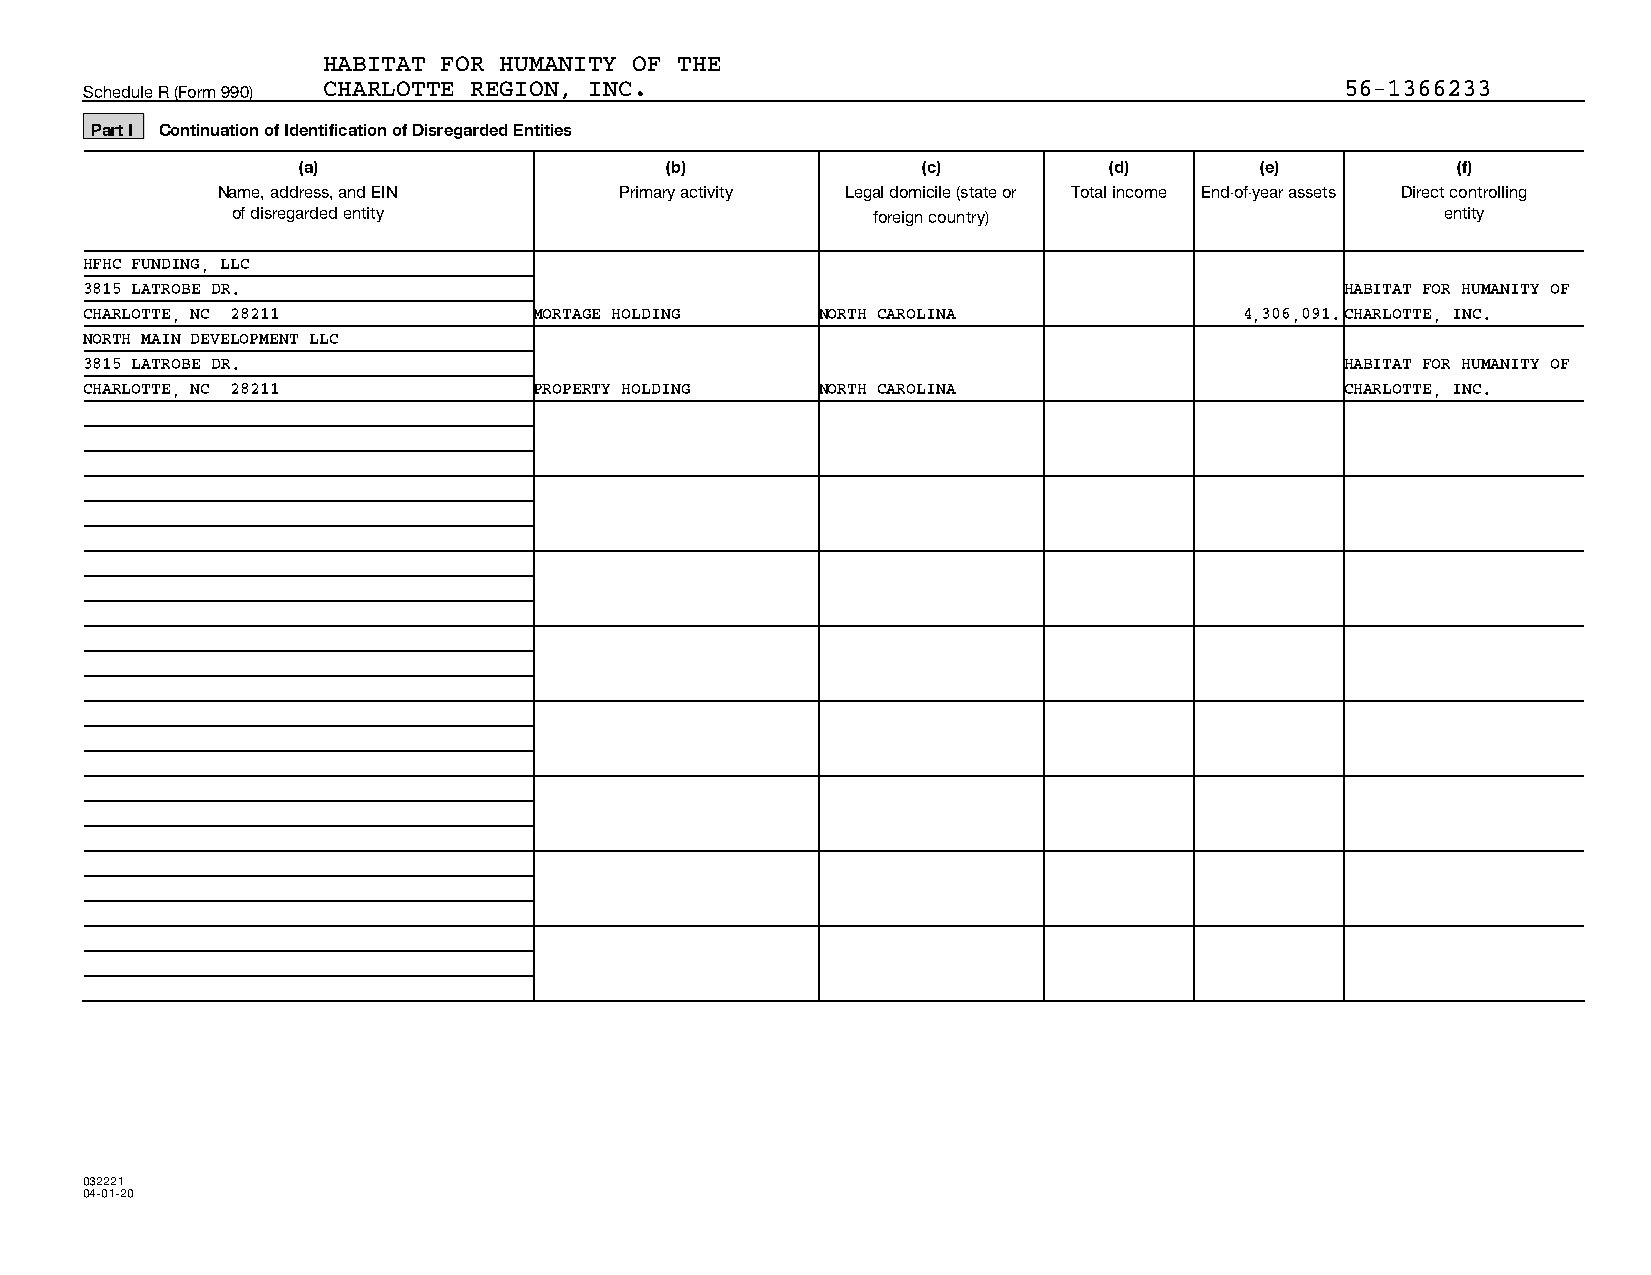
HABITAT FOR HUMANITY OF THE
 Schedule R (Form 990) CHARLOTTE REGION, INC.                                       56-1366233
 Part I Continuation of Identification of Disregarded Entities
 (a)                     (b)              (c)         (d)       (e)          (f)
 Name, address, and EIN     Primary activity Legal domicile (state or Total income End-of-year assets Direct controlling
 of disregarded entity                      foreign country)                      entity
 HFHC FUNDING, LLC
 3815 LATROBE DR.                                                                   HABITAT FOR HUMANITY OF
 CHARLOTTE, NC 28211          MORTAGE HOLDING    NORTH CAROLINA              4,306,091.CHARLOTTE, INC.
 NORTH MAIN DEVELOPMENT LLC
 3815 LATROBE DR.                                                                   HABITAT FOR HUMANITY OF
 CHARLOTTE, NC 28211          PROPERTY HOLDING   NORTH CAROLINA                     CHARLOTTE, INC.
 032221
 04-01-20